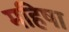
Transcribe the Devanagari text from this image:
महिषा